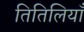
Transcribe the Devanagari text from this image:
तितिलियाँ